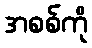
အစစ်ကို